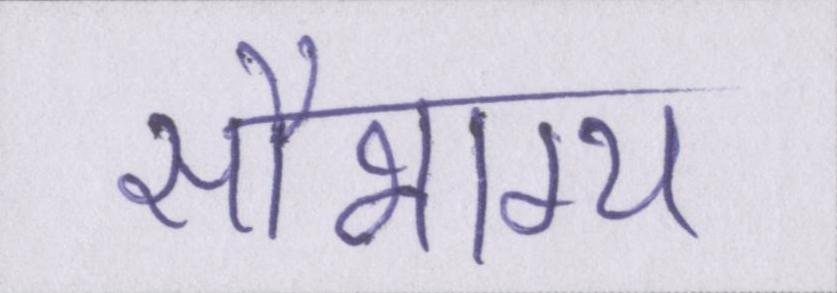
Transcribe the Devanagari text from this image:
सौभाग्य